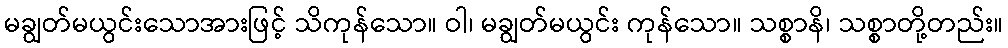
မချွတ်မယွင်းသောအားဖြင့် သိကုန်သော။ ဝါ၊ မချွတ်မယွင်း ကုန်သော။ သစ္စာနိ၊ သစ္စာတို့တည်း။